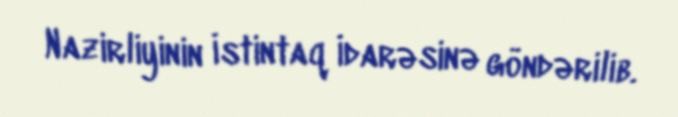
Nazirliyinin İstintaq İdarəsinə göndərilib.